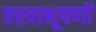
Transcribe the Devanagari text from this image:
वस्‍त्राभूषणों